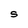
Character: S